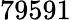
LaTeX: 79591